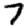
Digit: 7